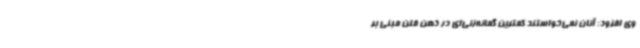
وی افزود: آنان نمی‌خواستند کمترین گمانه‌زنی‌ای در ذهن فلن مبنی بر